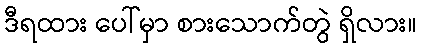
ဒီရထား ပေါ်မှာ စားသောက်တွဲ ရှိလား။